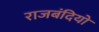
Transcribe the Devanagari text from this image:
राजबंदियो